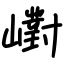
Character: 㠚